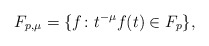
\begin{align*} F_{p,\mu}=\{f \colon t^{-\mu}f(t)\in F_p\}, \end{align*}